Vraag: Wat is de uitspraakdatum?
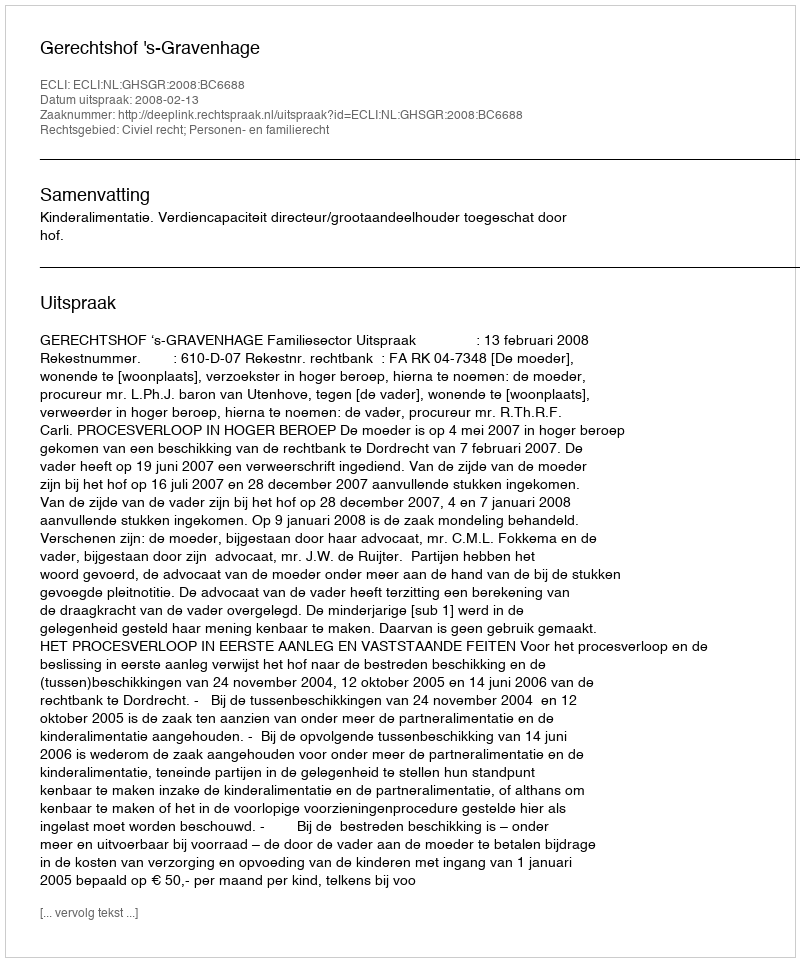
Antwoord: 2008-02-13